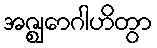
အဇ္ဈောဂါဟိတွာ